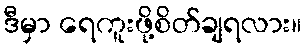
ဒီမှာ ရေကူးဖို့စိတ်ချရလား။